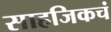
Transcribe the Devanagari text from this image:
साहजिकचं